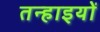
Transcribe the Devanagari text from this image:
तन्हाइयों